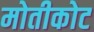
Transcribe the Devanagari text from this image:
मोतीकोट